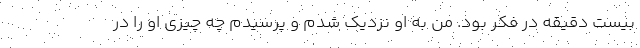
بیست دقیقه در فکر بود. من به او نزدیک شدم و پرسیدم چه چیزی او را در